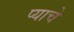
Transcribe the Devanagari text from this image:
प्याचे